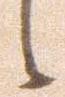
候